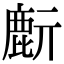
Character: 𪊔